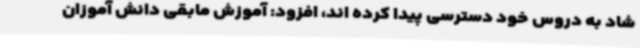
شاد به دروس خود دسترسی پیدا کرده اند، افزود: آموزش مابقی دانش آموزان